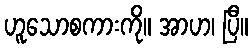
ဟူသောစကားကို။ အာဟ၊ ပြီ။